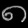
Digit: ၈